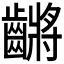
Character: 𪙝